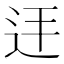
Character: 𮷞